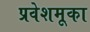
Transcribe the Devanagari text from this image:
प्रवेशमूका